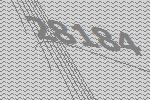
28184